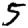
Digit: 5